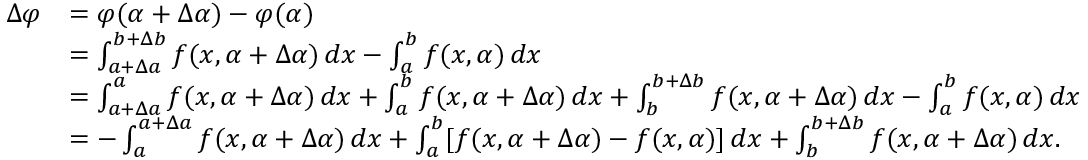
{ \begin{array} { r l } { \Delta \varphi } & { = \varphi ( \alpha + \Delta \alpha ) - \varphi ( \alpha ) } \\ & { = \int _ { a + \Delta a } ^ { b + \Delta b } f ( x , \alpha + \Delta \alpha ) \, d x - \int _ { a } ^ { b } f ( x , \alpha ) \, d x } \\ & { = \int _ { a + \Delta a } ^ { a } f ( x , \alpha + \Delta \alpha ) \, d x + \int _ { a } ^ { b } f ( x , \alpha + \Delta \alpha ) \, d x + \int _ { b } ^ { b + \Delta b } f ( x , \alpha + \Delta \alpha ) \, d x - \int _ { a } ^ { b } f ( x , \alpha ) \, d x } \\ & { = - \int _ { a } ^ { a + \Delta a } f ( x , \alpha + \Delta \alpha ) \, d x + \int _ { a } ^ { b } [ f ( x , \alpha + \Delta \alpha ) - f ( x , \alpha ) ] \, d x + \int _ { b } ^ { b + \Delta b } f ( x , \alpha + \Delta \alpha ) \, d x . } \end{array} }